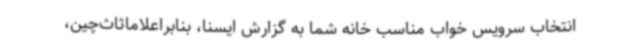
انتخاب سرویس خواب مناسب خانه شما به گزارش ایسنا، بنابراعلاماثاث‌چین،